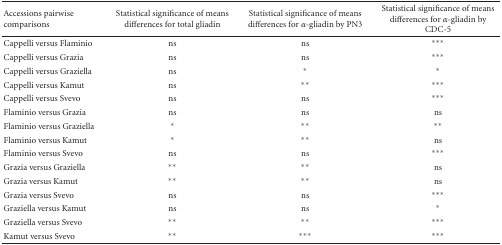
<table><thead><tr><td><b>Accessions pairwise comparisons</b></td><td><b>Statistical significance of means differences for total gliadin</b></td><td><b>Statistical significance of means differences for <i>α</i>-gliadin by PN3</b></td><td><b>Statistical significance of means differences for <i>α</i>-gliadin by CDC-5</b></td></tr></thead><tbody><tr><td>Cappelli versus Flaminio</td><td>ns</td><td>ns</td><td>***</td></tr><tr><td>Cappelli versus Grazia</td><td>ns</td><td>ns</td><td>***</td></tr><tr><td>Cappelli versus Graziella</td><td>ns</td><td>*</td><td>*</td></tr><tr><td>Cappelli versus Kamut</td><td>ns</td><td>**</td><td>***</td></tr><tr><td>Cappelli versus Svevo</td><td>ns</td><td>ns</td><td>***</td></tr><tr><td>Flaminio versus Grazia</td><td>ns</td><td>ns</td><td>ns</td></tr><tr><td>Flaminio versus Graziella</td><td>*</td><td>**</td><td>**</td></tr><tr><td>Flaminio versus Kamut</td><td>*</td><td>**</td><td>ns</td></tr><tr><td>Flaminio versus Svevo</td><td>ns</td><td>ns</td><td>***</td></tr><tr><td>Grazia versus Graziella</td><td>**</td><td>**</td><td>ns</td></tr><tr><td>Grazia versus Kamut</td><td>**</td><td>**</td><td>ns</td></tr><tr><td>Grazia versus Svevo</td><td>ns</td><td>ns</td><td>***</td></tr><tr><td>Graziella versus Kamut</td><td>ns</td><td>ns</td><td>*</td></tr><tr><td>Graziella versus Svevo</td><td>**</td><td>**</td><td>***</td></tr><tr><td>Kamut versus Svevo</td><td>**</td><td>***</td><td>***</td></tr></tbody></table>